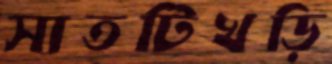
সাতটিখড়ি